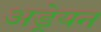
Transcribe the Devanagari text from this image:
अड्रेयन